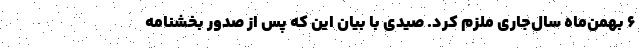
۶ بهمن‌ماه سال‌جاری ملزم کرد. صیدی با بیان این که پس از صدور بخشنامه